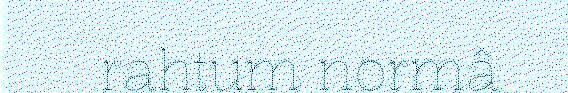
rahtum normâ